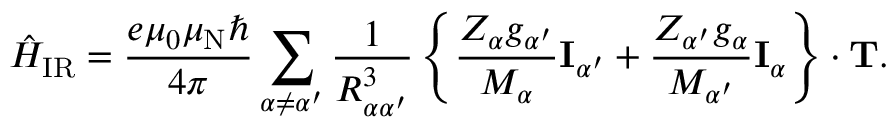
{ \hat { H } } _ { \mathrm { I R } } = { \frac { e \mu _ { 0 } \mu _ { \mathrm { N } } \hbar } { 4 \pi } } \sum _ { \alpha \neq \alpha ^ { \prime } } { \frac { 1 } { R _ { \alpha \alpha ^ { \prime } } ^ { 3 } } } \left\{ { \frac { Z _ { \alpha } g _ { \alpha ^ { \prime } } } { M _ { \alpha } } } \mathbf { I } _ { \alpha ^ { \prime } } + { \frac { Z _ { \alpha ^ { \prime } } g _ { \alpha } } { M _ { \alpha ^ { \prime } } } } \mathbf { I } _ { \alpha } \right\} \cdot \mathbf { T } .